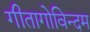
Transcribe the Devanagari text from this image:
गीतागोविन्दम